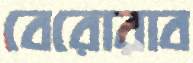
বেরোরাব